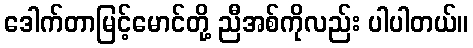
ဒေါက်တာမြင့်မောင်တို့ ညီအစ်ကိုလည်း ပါပါတယ်။